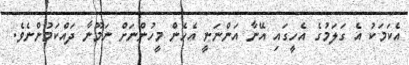
އެކަމަކު އެ ގަލަމުގެ އެހީގައި އޭނާ އަންނަނީ އެހެން މީހުންނަށް ނަމޫނާ ދައްކަމުންނެވެ.